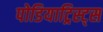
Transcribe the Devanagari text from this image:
पोडियाट्रिस्ट्स